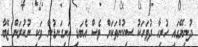
ދުނިޔޭގައި ހުރިހާ ދުވަހަކު ސިކުންތަކަށް ވެސް އެބަޑި ހަށިގަނޑުން ވަކި ނުކުރަން ޒޭބާ